Account of plague administration in the Bombay Presidency from September 1896 till May 1897
Year: 1896
Disease focus: Plague
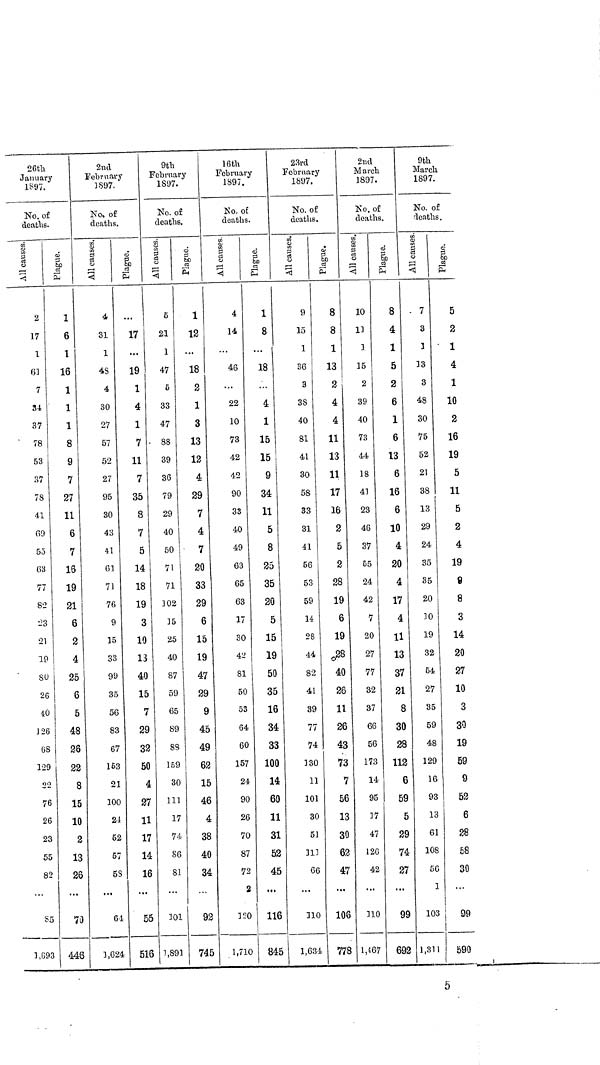
26th
January
1897.
No. of
deaths.
All causes
2
17
1
61
7
34
37
78
53
37
78
41
69
53
63
77
82
23
21
19
80
26
40
126
68
129
22
76
26
23
55
82
85
1,893
Plague
1
6
1
16
1
1
1
8
9
7
27
11
6
7
16
19
21
6
2
4
25
6
5
48
26
22
8
15
10
2
13
26
70
446
2nd
February
1897.
No, of
deaths.
All causes
4
31
1
48
4
30
27
57
52
27
95
30
43
41
61
71
76
9
15
33
99
35
56
83
67
163
21
100
21
62
57
58
64
1 ,624
Plague
17
...
19
1
4
1
7
11
7
35
8
7
5
14
18
19
3
10
13
40
15
7
29
32
50
4
27
11
17
14
16
55
516
9th
February
1897.
No. of
deaths.
All causes
5
21
1
47
5
33
47
88
39
36
79
29
40
50
71
71
102
15
25
40
87
59
65
89
83
159
30
111
17
74
86
81
101
1,891
Plague
1
12
...
18
2
1
3
13
12
4
29
7
4
7
20
33
29
6
15
19
47
29
9
45
49
62
15
46
4
38
40
34
92
745
16th
February
1897.
No. of
deaths.
All causes
4
14
46
22
10
73
42
42
90
33
40
49
63
65
63
17
30
42
81
50
53
64
60
157
24
90
26
70
87
72
2
120
1,710
Plague
1
8
...
18
4
1
15
15
9
34
11
5
8
25
35
20
5
15
19
50
35
16
34
33
100
14
60
11
31
52
45
116
845
23rd
February
1S97.
No. of
deaths.
All causes
9
15
1
36
3
38
40
81
41
30
58
33
31
41
56
53
59
14
28
44
82
41
39
77
74
330
11
101
30
51
111
66
110
1,634
Plague
8
8
1
13
2
4
4
11
13
11
17
16
2
5
2
28
19
6
19
28
40
26
11
26
43
73
7
56
13
30
62
47
106
778
2nd
March
1897.
Ko. of
deaths.
All causes
10
13
3
15
2
39
40
73
44
18
43
23
46
37
55
24
42
7
20
27
77
32
37
66
56
173
14
95
37
47
126
42
110
1,467
Plague
8
4
1
5
2
6
1
6
13
6
16
6
10
4
20
4
17
4
11
13
37
21
8
30
28
112
6
59
5
29
74
27
99
692
9th
March
1897.
No. of
deaths.
All causes
7
3
3
33
3
48
30
75
52
21
38
13
29
24
35
35
20
30
19
32
64
27
35
59
48
129
16
93
13
61
108
56
1
103
1,311
Plague
5
2
1
4
1
10
2
16
19
5
11
5
2
4
19
9
8
3
14
20
27
10
3
30
19
59
9
52
6
28
58
30
...
99
590
5